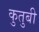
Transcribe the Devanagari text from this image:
कुतुबी